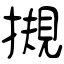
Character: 摫